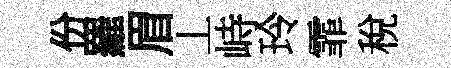
份羅眉丄峙玲霏稅